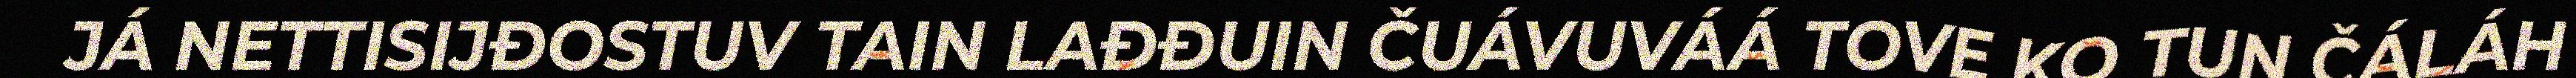
JÁ NETTISIJĐOSTUV TAIN LAĐĐUIN ČUÁVUVÁÁ TOVE KO TUN ČÁLÁH